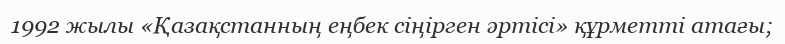
1992 жылы «Қазақстанның еңбек сіңірген әртісі» құрметті атағы;